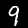
Label: 9